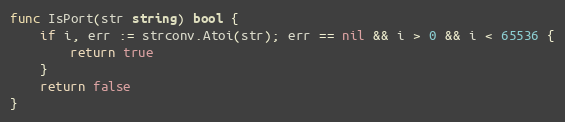
Language: Go
func IsPort(str string) bool {
	if i, err := strconv.Atoi(str); err == nil && i > 0 && i < 65536 {
		return true
	}
	return false
}